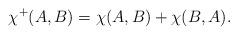
LaTeX: \begin{align*} \chi^+(A,B)=\chi(A,B)+\chi(B,A).\end{align*}